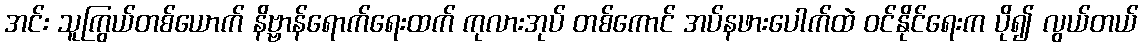
အင်း သူကြွယ်တစ်ယောက် နိဗ္ဗာန်ရောက်ရေးထက် ကုလားအုပ် တစ်ကောင် အပ်နဖားပေါက်ထဲ ဝင်နိုင်ရေးက ပို၍ လွယ်တယ်